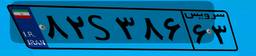
۸۲S۳۸۶۶۳